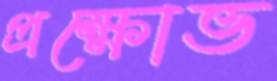
প্রক্ষোভ